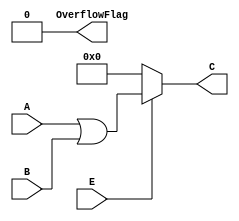
// lab1_bit_or.v

// Bitwise OR
// Calculation

// Output 1: C; calculation result, 16bit binary
// Output 2: OverflowFlag; 0
// Input 1: A; input, 16bit binary
// Input 2: B; input, 16bit binary
// Input 3: E; enable, 1bit binary

module bit_or16 (output [15:0] C, output OverflowFlag,
	input [15:0] A, input [15:0] B, input E);
	
	assign OverflowFlag = 1'b0;
	assign C=(E == 1'b1)?(A | B):16'b0000000000000000;

endmodule